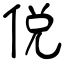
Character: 侻